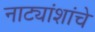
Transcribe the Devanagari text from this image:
नाट्यांशांचे